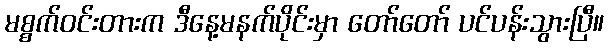
မစ္စက်ဝင်းတားက ဒီနေ့မနက်ပိုင်းမှာ တော်တော် ပင်ပန်းသွားပြီ။